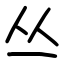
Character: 丛